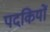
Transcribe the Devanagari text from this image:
पदकियों